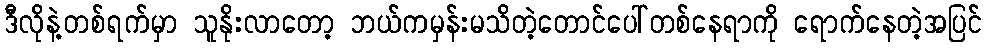
ဒီလိုနဲ့တစ်ရက်မှာ သူနိုးလာတော့ ဘယ်ကမှန်းမသိတဲ့တောင်ပေါ်တစ်နေရာကို ရောက်နေတဲ့အပြင်